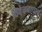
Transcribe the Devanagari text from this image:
विवेचनाचाच